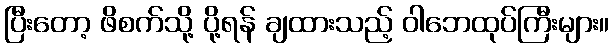
ပြီးတော့ ဖိစက်သို့ ပို့ရန် ချထားသည့် ဝါဘေထုပ်ကြီးများ။